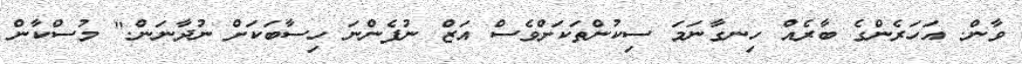
ވާން. އަހަރެންގެ ބާރެއް ހިނގާނަމަ ސިކުންތަކަށްވެސް އަޒް ނުފެންނަ ހިސާބަކަށް ނުދާނަން." މުސްކާން